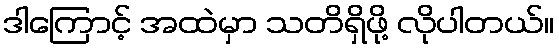
ဒါကြောင့် အထဲမှာ သတိရှိဖို့ လိုပါတယ်။